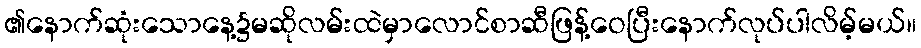
၏နောက်ဆုံးသောနေ့၌မဆိုလမ်းထဲမှာလောင်စာဆီဖြန့်ဝေပြီးနောက်လုပ်ပါလိမ့်မယ်။